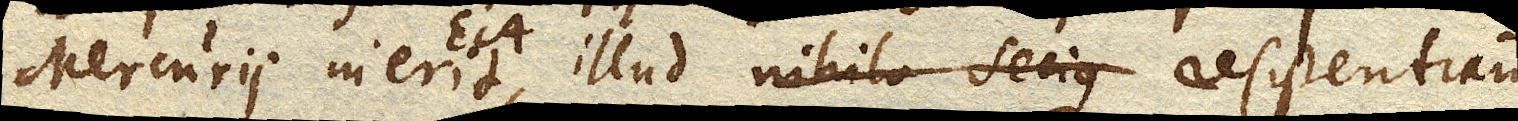
Mercurii inerit EA. , illud nihilo secius resistentiam